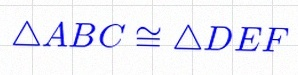
\triangle ABC\cong\triangle DEF